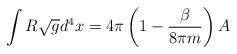
LaTeX: \begin{align*}\int R\sqrt{g}d^4x=4\pi\left(1-{\beta \over 8\pi m}\right) A\end{align*}